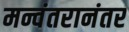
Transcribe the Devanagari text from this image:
मन्वंतरानंतर